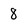
Character: 8